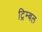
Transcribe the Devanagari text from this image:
ट्रिम्बल